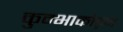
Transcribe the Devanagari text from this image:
कुम्भाकोड़म